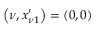
\left( \nu , x _ { \nu 1 } ^ { \prime } \right) = \left( 0 , 0 \right)